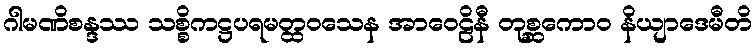
ဂါမဏိစန္ဒဿ သစ္စိကဋ္ဌပရမတ္ထဝသေန အာဝေဠိနီ တုစ္ဆကောဝ နိယျာဒေမီတိ